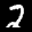
Label: 2